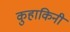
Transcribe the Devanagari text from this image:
कुहाकिनी